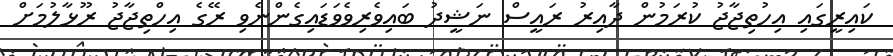
ކައިރީގައި އިހުތިޖާޖު ކުރަމުން ދާއިރު ރައީސް ނަޝީދު ބައިވެރިވެވަޑައިގެންނެވި ރޭގެ އިހްތިޖާޖު ރޫޅާލުމަށް